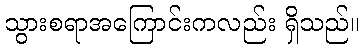
သွားစရာအကြောင်းကလည်း ရှိသည်။